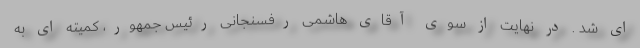
ای شد . در نهایت از سوی آقای هاشمی رفسنجانی رئیس جمهور، کمیته ای به